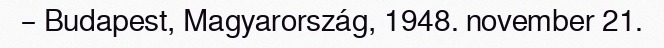
– Budapest, Magyarország, 1948. november 21.